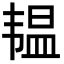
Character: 韫